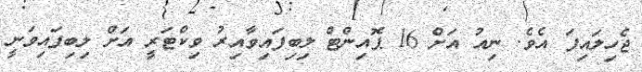
ޖެހިލައިފަ އެވެ. ނިއު އަށް 16 ޕޮއިންޓް ލިބިފައިވާއިރު ވިކްޓަރީ އަށް ލިބިފައިވަނީ